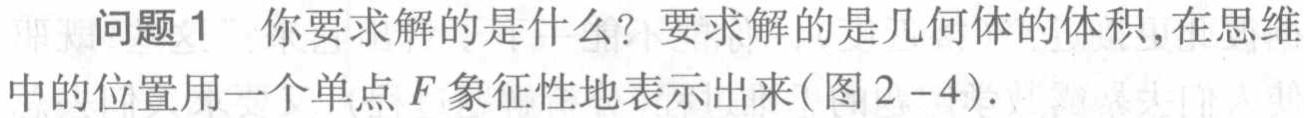
问题1 你要求解的是什么？要求解的是几何体的体积,在思维中的位置用一个单点 \(F\) 象征性地表示出来(图 \(2 - 4\)).